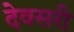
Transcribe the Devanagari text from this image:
देवसरी